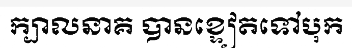
ក្បាលនាគ បានខ្ទៀតទៅបុក